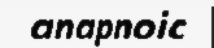
anapnoic